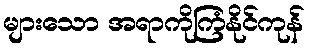
များသော အရာကိုကြံနိုင်ကုန်